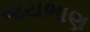
જયભાણ